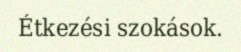
Étkezési szokások.